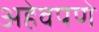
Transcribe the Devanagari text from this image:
अहेवपणे